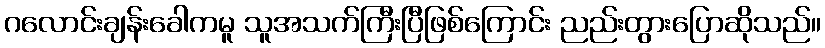
ဂလောင်းချန်းခေါကမူ သူအသက်ကြီးပြီဖြစ်ကြောင်း ညည်းတွားပြောဆိုသည်။